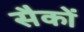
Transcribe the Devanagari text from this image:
सैकों